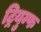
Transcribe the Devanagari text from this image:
ट्रियुम्फ